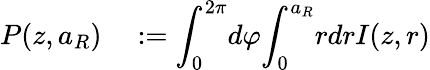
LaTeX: \begin{array}{rl}{P(z,a_{R})}&{{}:={\displaystyle\int_{0}^{2\pi}}d\varphi{\displaystyle\int_{0}^{a_{R}}}rdrI(z,r)}\end{array}